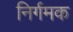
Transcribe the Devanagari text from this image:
निर्गमक